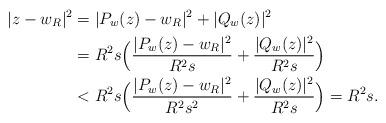
LaTeX: \begin{align*}|z-w_R|^2&=|P_w(z)-w_R|^2+|Q_w(z)|^2\\&=R^2 s \Big(\dfrac{|P_w(z)-w_R|^2}{R^2 s}+\dfrac{|Q_w(z)|^2}{R^2 s}\Big)\\&< R^2 s \Big(\dfrac{|P_w(z)-w_R|^2}{R^2 s^2}+\dfrac{|Q_w(z)|^2}{R^2 s}\Big)=R^2 s.\end{align*}